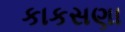
કાકસણા